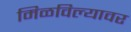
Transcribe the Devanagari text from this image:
मिळविल्यावर